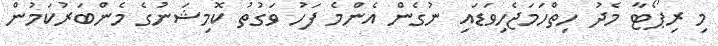
މި ރިޕޯޓާ މެދު ހިތްހަމަޖެހިވަޑައި ނުގެން އެންމެ ފަހު ވަގުތު ކޮމިޝަނުގެ މެންބަރުކަމުން